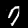
Digit: 7